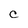
Character: C